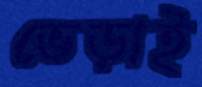
ভেড়াই